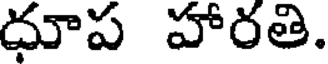
ధూప హారతి.